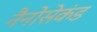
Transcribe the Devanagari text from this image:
नैनोसेकंड